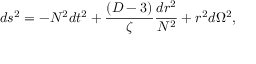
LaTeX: d s ^ { 2 } = - N ^ { 2 } d t ^ { 2 } + \frac { ( D - 3 ) } { \zeta } \frac { d r ^ { 2 } } { N ^ { 2 } } + r ^ { 2 } d \Omega ^ { 2 } ,